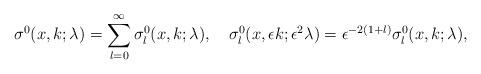
LaTeX: \begin{align*}\sigma^0(x,k;\lambda)=\sum_{l=0}^{\infty}\sigma^0_l(x,k;\lambda),\quad\sigma^0_l(x,\epsilon k;\epsilon^2\lambda)=\epsilon^{-2(1+l)}\sigma^0_l(x,k;\lambda),\end{align*}